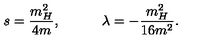
s = \frac { m _ { H } ^ { 2 } } { 4 m } , \quad \quad \quad \lambda = - \frac { m _ { H } ^ { 2 } } { 1 6 m ^ { 2 } } .